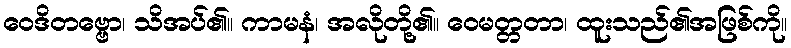
ဝေဒိတဗ္ဗော၊ သိအပ်၏။ ကာမနံ၊ အလိုတို့၏။ ဝေမတ္တတာ၊ ထူးသည်၏အဖြစ်ကို။